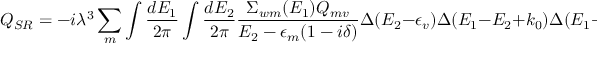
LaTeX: Q _ { S R } = - i \lambda ^ { 3 } \sum _ { m } \int { \frac { d E _ { 1 } } { 2 \pi } } \int { \frac { d E _ { 2 } } { 2 \pi } } { \frac { \Sigma _ { w m } ( E _ { 1 } ) Q _ { m v } } { E _ { 2 } - \epsilon _ { m } ( 1 - i \delta ) } } \Delta ( E _ { 2 } - \epsilon _ { v } ) \Delta ( E _ { 1 } - E _ { 2 } + k _ { 0 } ) \Delta ( E _ { 1 } + k _ { 0 } - \epsilon _ { w } ) ,